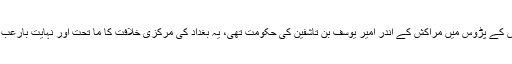
اس وقت اندلس کے پڑوس میں مراکش کے اندر امیر یوسف بن تاشفین کی حکومت تھی، یہ بغداد کی مرکزی خلافت کا ما تحت اور نہایت بارعب حکم ران تھا۔